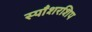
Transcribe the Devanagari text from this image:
स्पाँशरशिप